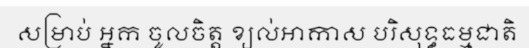
សម្រាប់ អ្នក ចូលចិត្ត ខ្យល់អាកាស បរិសុទ្ធធម្មជាតិ